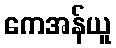
ကေအန်ယူ